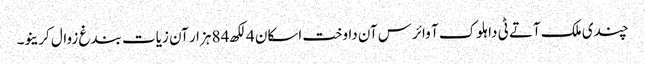
چندی ملک آتے ٹی دا ہلوک آ وائرس آن داوخت اسکان 4 لکھ 84 ہزار آن زیات بندغ زوال کرینو۔